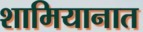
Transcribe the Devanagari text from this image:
शामियानात